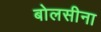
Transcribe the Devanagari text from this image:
बोलसीना